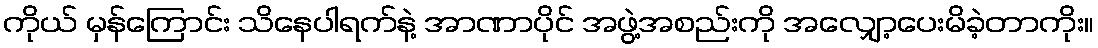
ကိုယ် မှန်ကြောင်း သိနေပါရက်နဲ့ အာဏာပိုင် အဖွဲ့အစည်းကို အလျှော့ပေးမိခဲ့တာကိုး။